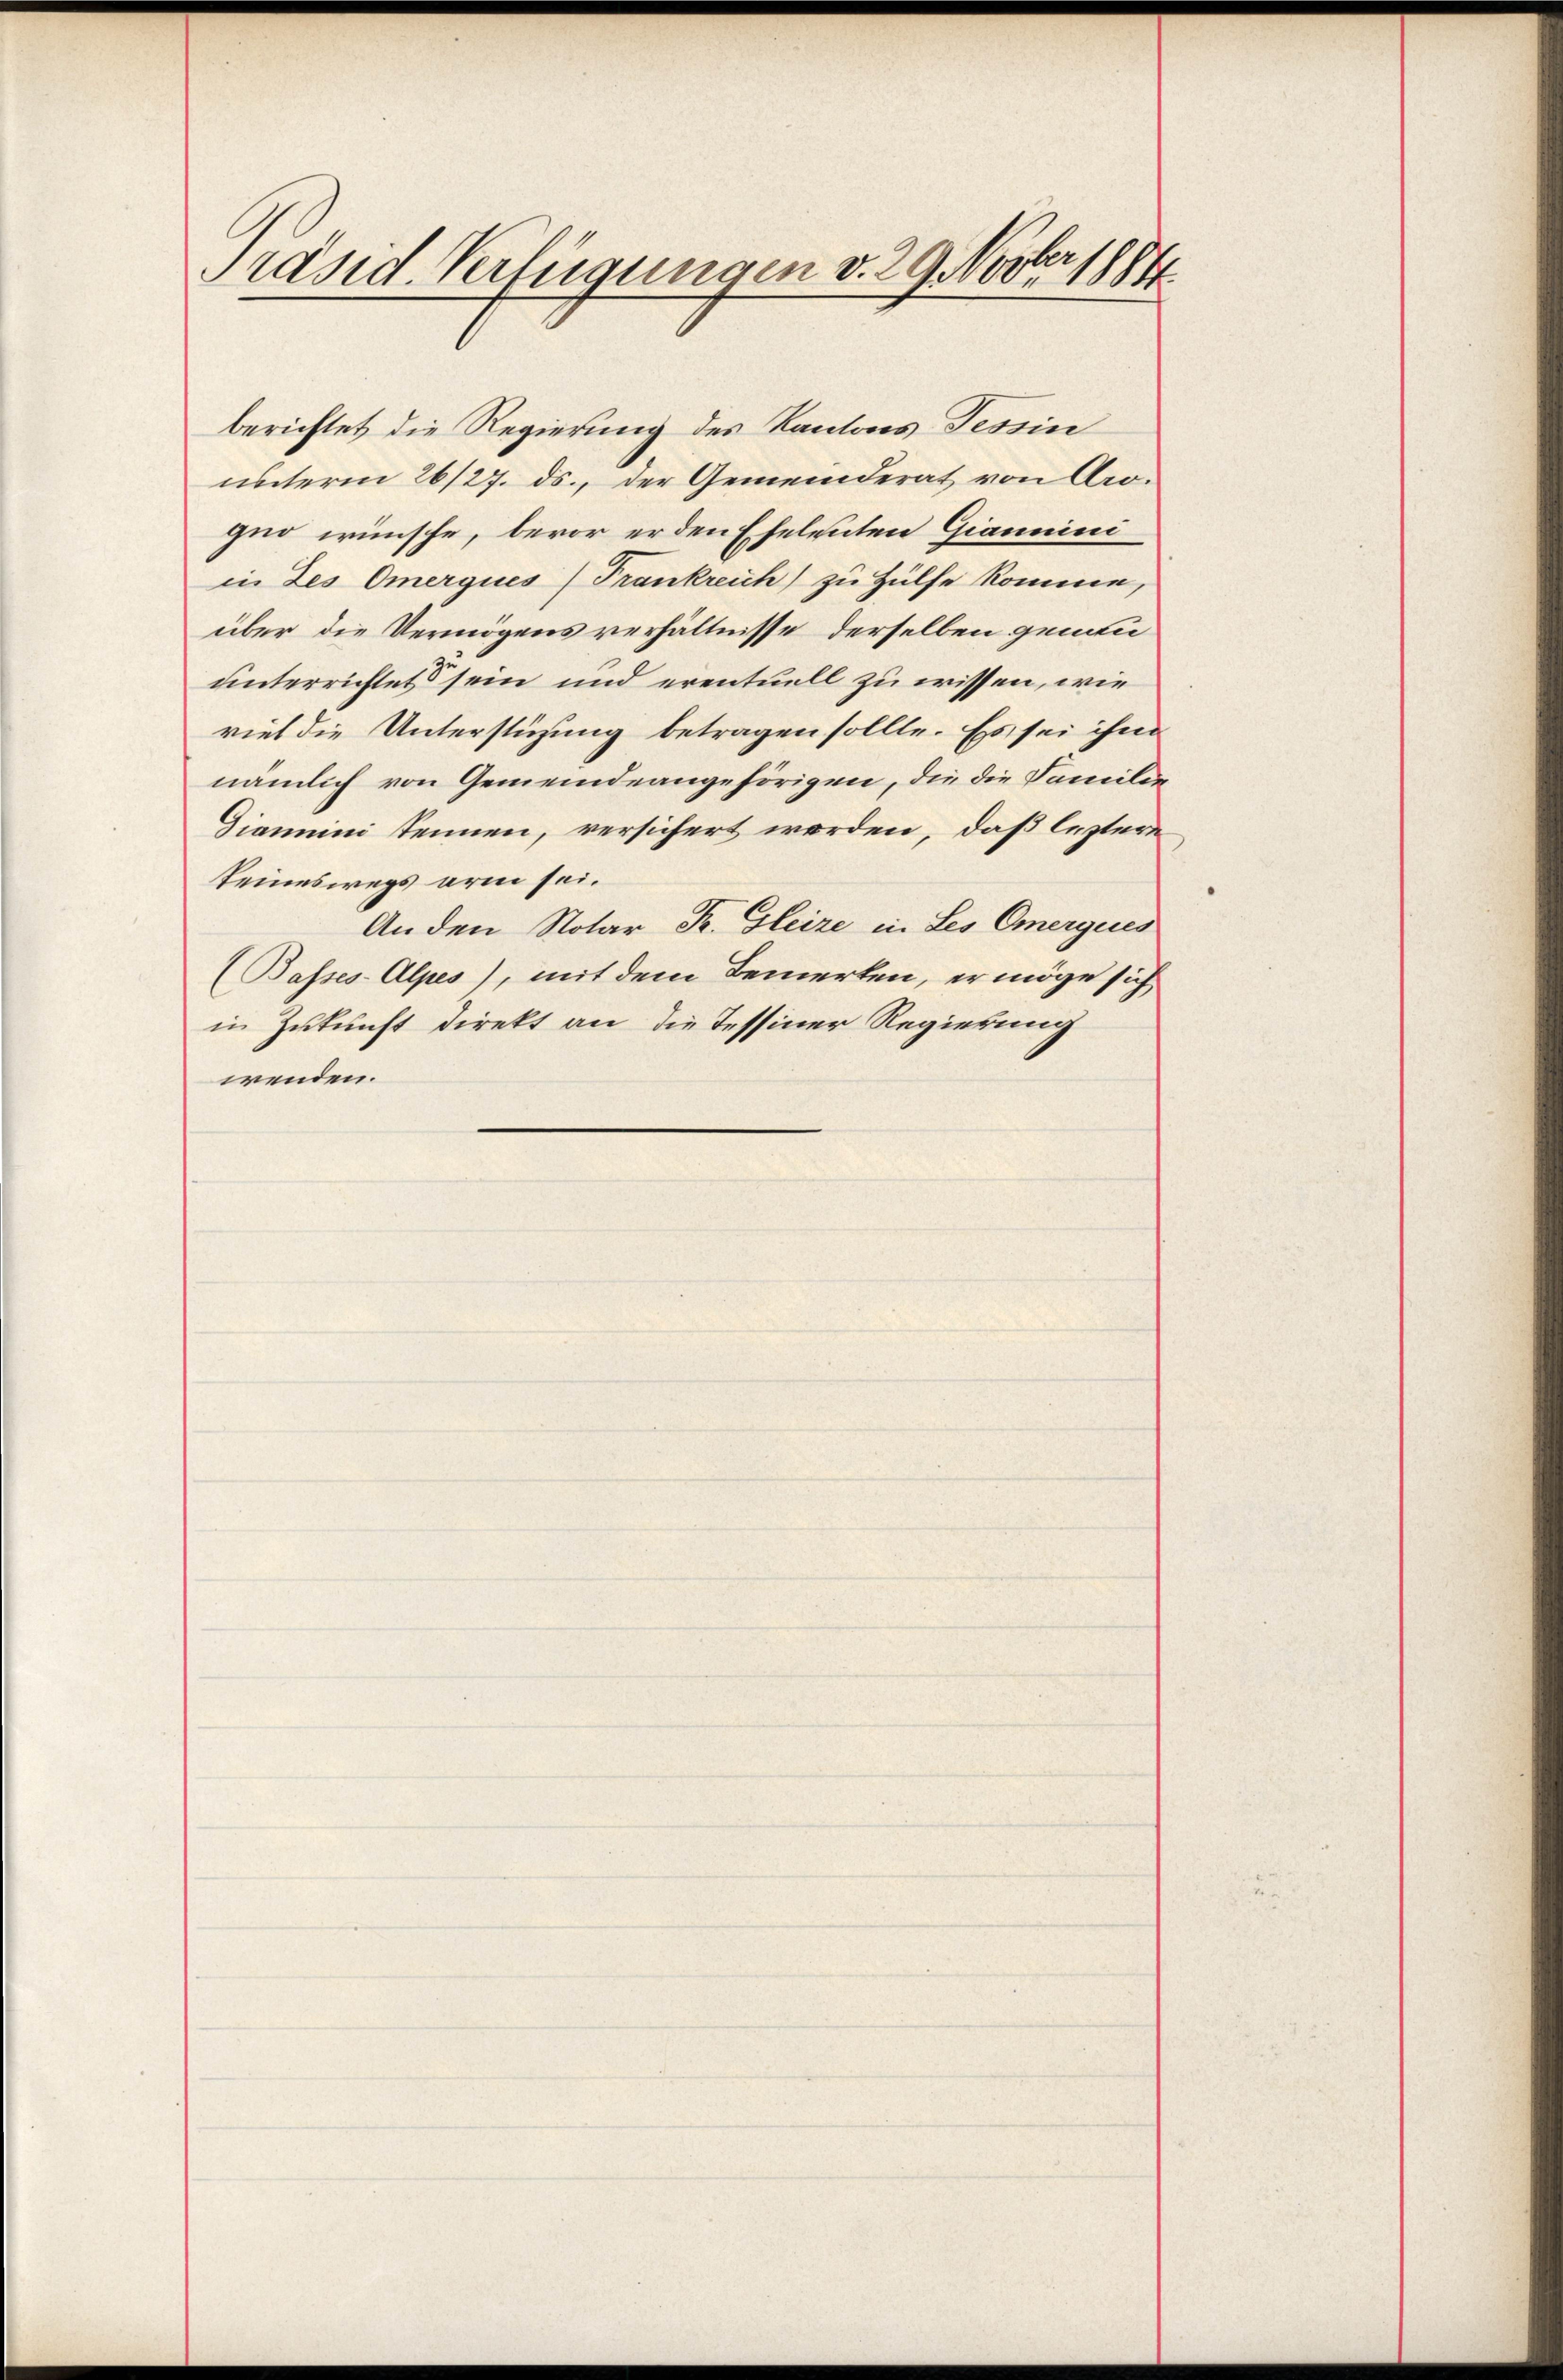
Präsid. Verfügungen v. 29. Novber 1884.

berichtet die Regierung des Kantons Tessin
unterm 26/27. ds., der Gemeinderat von Aroguo wünsche, bevor er den Eheleuten Gianuini
in des Omerques Frankreich zu Hülfe komme,
über die Vermögensverhältnisse derselben genenunterrichtet sein und eventuell zu wissen, wie
viel die Unterstüzung betragen sollte. Es sei ihm
nämlich von Gemeindeangehörigen, die die Familie
Giammini kennen, versichert worden, daß letztere
teineswegs arm sei.
An den Notar Fr. Gleize in Les Omergues
(Basses-Alpes), mit dem Bemerken, er möge sich
in Zukunft direkt an die Tessiner Regierung
wenden.